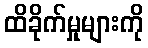
ထိခိုက်မှုများကို